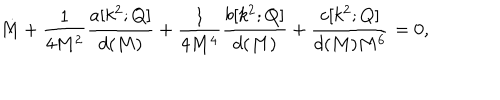
LaTeX: \dot { M } + \frac { 1 } { 4 M ^ { 2 } } \frac { a [ k ^ { 2 } ; Q ] } { d ( M ) } + \frac { 1 } { 4 M ^ { 4 } } \frac { b [ k ^ { 2 } ; Q ] } { d ( M ) } + \frac { c [ k ^ { 2 } ; Q ] } { d ( M ) M ^ { 6 } } = 0 ,